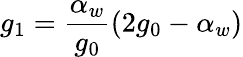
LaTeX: g_{1}=\frac{\alpha_{w}}{g_{0}}(2g_{0}-\alpha_{w})